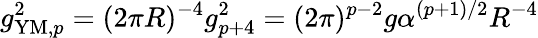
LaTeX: g_{\mathrm{YM},p}^{2}=(2\pi R)^{-4}g_{p+4}^{2}=(2\pi)^{p-2}g\alpha^{(p+1)/2}R^{-4}